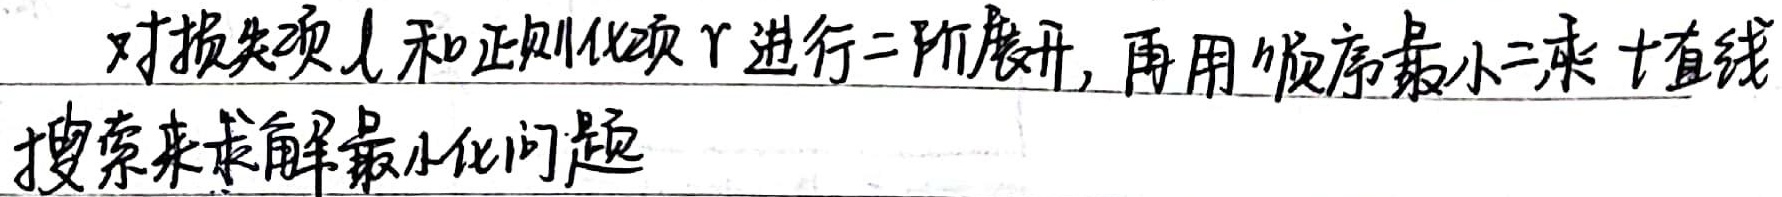
对损失项 \(l\) 和正则化项 \(r\) 进行二阶展开，再用顺序最小二乘 + 直线搜索来求解最小化问题